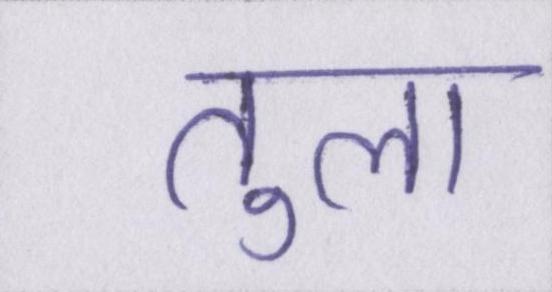
तुला